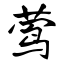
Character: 莺